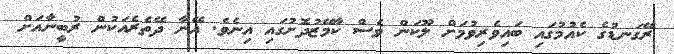
ރޭގަނޑުގެ ކެއުމުގައި ބައިވެރިވުމަށް ލޫކަން ވެސް ކާމޭޒުދޮށުގައި އިނެވެ. އޭނާ ދޭތެރެއަކުން ރުބީނާއަށް